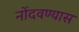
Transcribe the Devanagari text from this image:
नोंदवण्यास